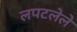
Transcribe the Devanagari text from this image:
लपटलेले